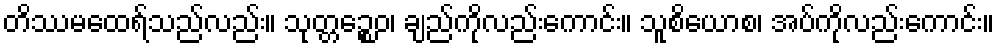
တိဿမထေရ်သည်လည်း။ သုတ္တဉ္စေဝ၊ ချည်ကိုလည်းကောင်း။ သူစိယောစ၊ အပ်ကိုလည်းကောင်း။